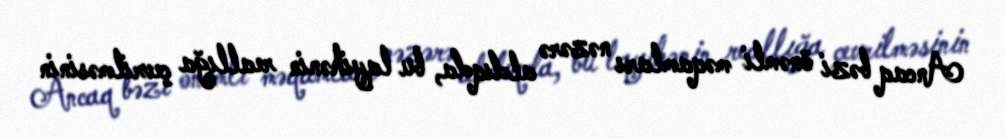
Ancaq bəzi önəmli məqamları nəzərə aldıqda, bu layihənin reallığa çevrilməsinin